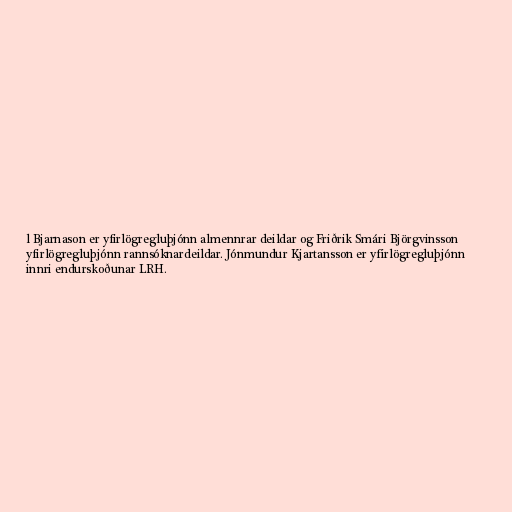
l Bjarnason er yfirlögregluþjónn almennrar deildar og Friðrik Smári Björgvinsson
yfirlögregluþjónn rannsóknardeildar. Jónmundur Kjartansson er yfirlögregluþjónn
innri endurskoðunar LRH.